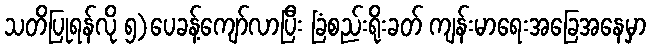
သတိပြုရန်လို ၅)ပေခန့်ကျော်လာပြီး ခြံစည်းရိုးခတ် ကျန်းမာရေးအခြေအနေမှာ